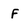
Character: f